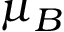
\mu _ { B }